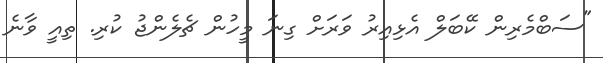
"ސަބްމެރިން ކޭބަލް އެޅިއިރު ވަރަށް ގިނަ މީހުން ޗެލެންޖު ކުރި. ތިއީ ވާނެ